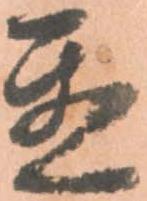
置